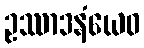
ဥဿာဒနံယေဝ